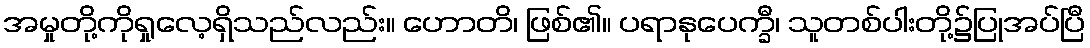
အမှုတို့ကိုရှုလေ့ရှိသည်လည်း။ ဟောတိ၊ ဖြစ်၏။ ပရာနုပေက္ခီ၊ သူတစ်ပါးတို့၌ပြုအပ်ပြီ